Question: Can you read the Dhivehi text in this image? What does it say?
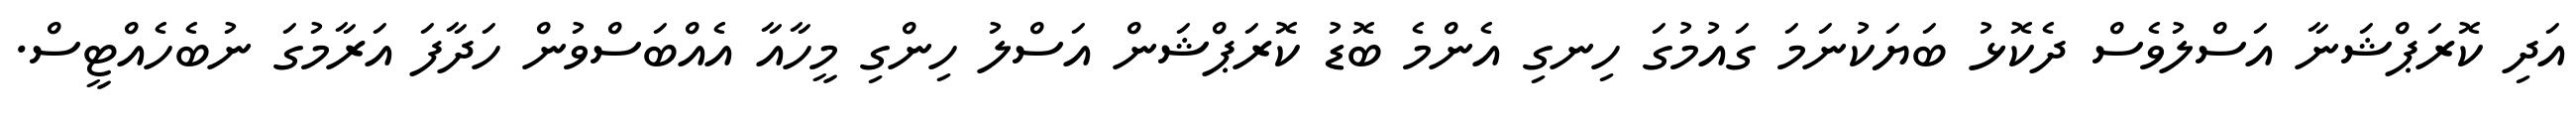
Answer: އަދި ކޮރަޕްޝަނާ އަސްލުވެސް ދެކޮޅު ބަޔަކުނަމަ ގައުމުގަ ހިނގި އެންމެ ބޮޑު ކޮރަޕްޝަން އަސްލު ހިންގި މީހާއާ އެއްބަސްވުން ހަދާފަ އަރާމުގަ ނުބެހެއްޓީސް.